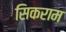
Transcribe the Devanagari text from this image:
सिकराम